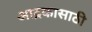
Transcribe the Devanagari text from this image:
आद्रकासाठी